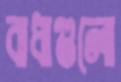
বাধাগুলো